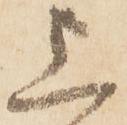
上